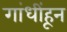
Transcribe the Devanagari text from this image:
गांधींहून